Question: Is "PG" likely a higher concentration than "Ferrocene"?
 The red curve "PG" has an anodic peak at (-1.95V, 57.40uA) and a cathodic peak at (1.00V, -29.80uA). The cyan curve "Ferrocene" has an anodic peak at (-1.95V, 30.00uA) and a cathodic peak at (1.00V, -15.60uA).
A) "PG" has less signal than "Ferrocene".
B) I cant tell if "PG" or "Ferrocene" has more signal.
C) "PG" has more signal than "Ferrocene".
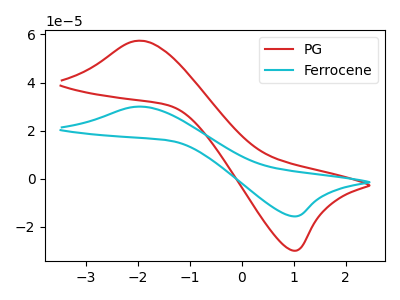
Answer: <think>All the peaks in "PG" have a peak in "Ferrocene" at the same potential. Every peak in "PG" is higher than every peak in "Ferrocene".
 </think>
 <answer>C) "PG" has more signal than "Ferrocene".</answer>
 <eval>C</eval>